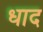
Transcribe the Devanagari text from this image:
धाद